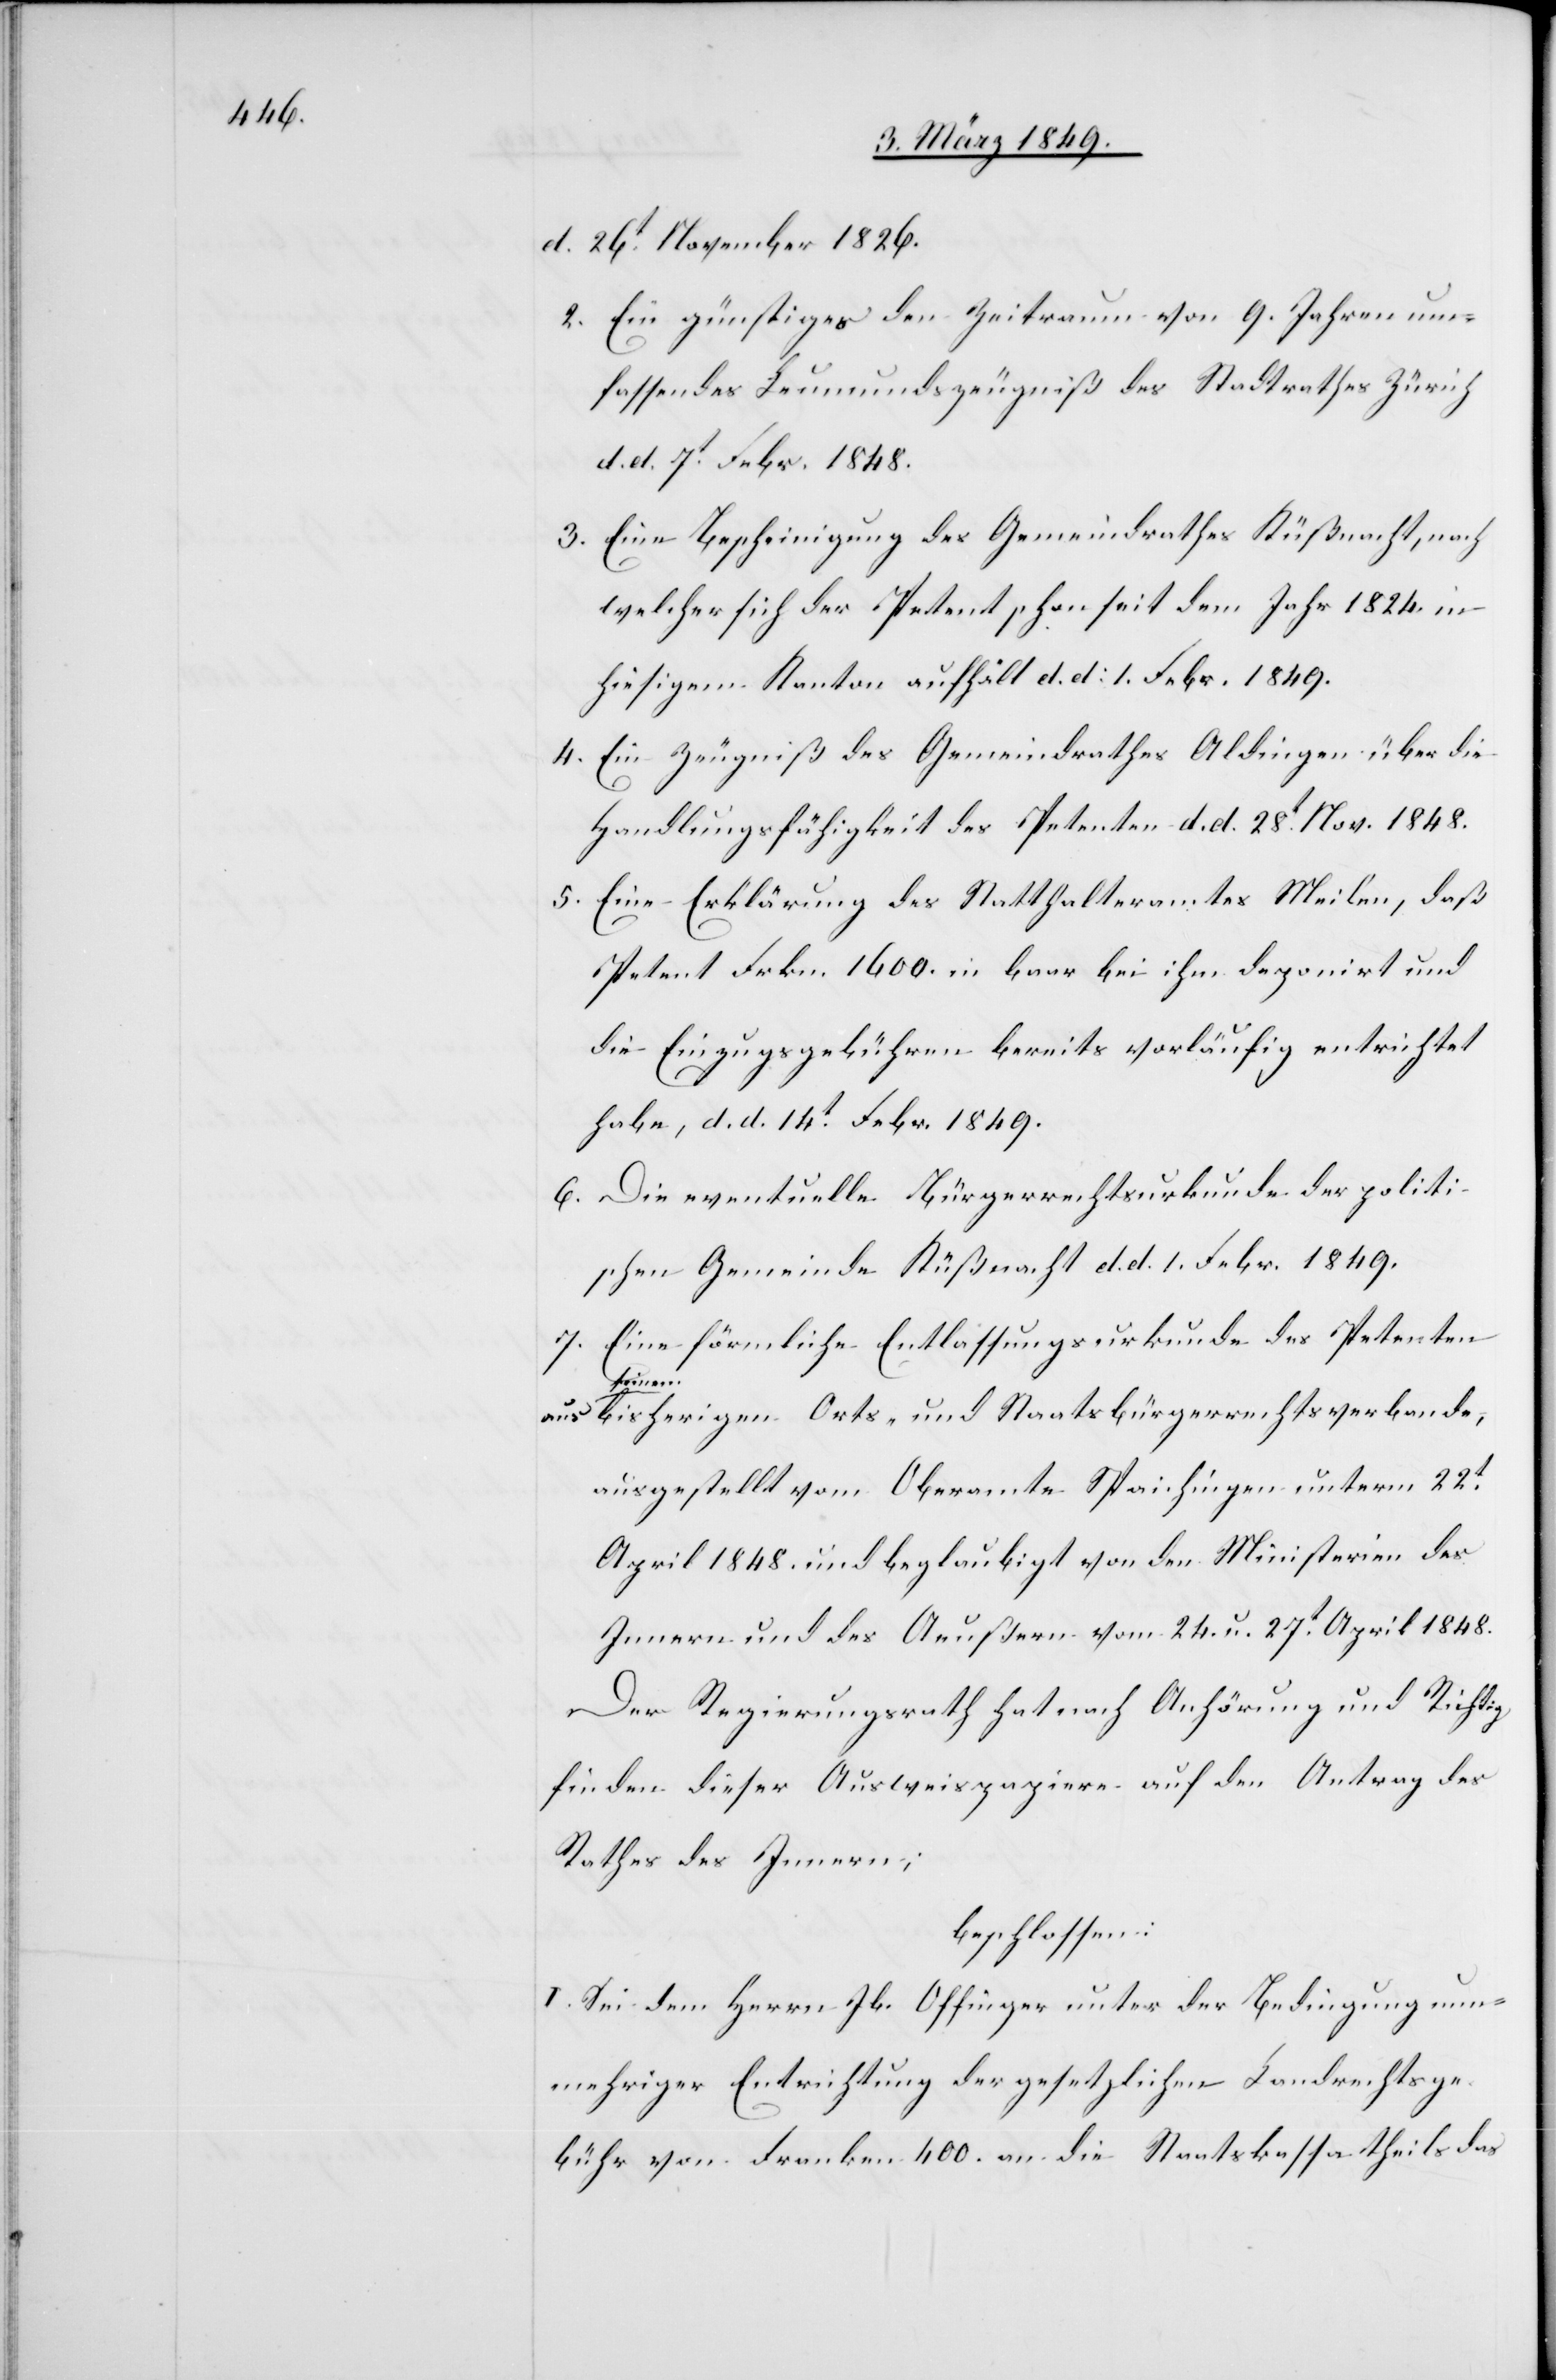
d. 26t. November 1826.
2. Ein günstiges den Zeitraum von 9. Jahren um¬
fassendes Leumundszeugniß des Stadtrathes Zürich
d. d. 7t. Febr. 1848.
3. Eine Bescheinigung des Gemeindrathes Küßnacht, nach
welcher sich der Petent schon seit dem Jahr 1824. in
hiesigem Kanton aufhält d. d: 1. Febr. 1849.
4. Ein Zeugniß des Gemeindrathes Aldingen über die
Handlungsfähigkeit des Petenten d. d. 28t. Nov. 1848.
5. Eine Erklärung des Statthalteramtes Meilen, daß
Petent Frkn. 1600. in baar bei ihm deponirt und
die Einzugsgebühren bereits vorläufig entrichtet
habe, d. d. 14t. Febr. 1849.
6. Die eventuelle Bürgerrechtsurkunde der politi¬
schen Gemeinde Küßnacht d. d. 1. Febr. 1849.
7. Eine förmliche Entlassungsurkunde des Petenten
seinem
bisherigen Orts- und Staatsbürgerrechtsverbande,
ausgestellt vom Oberamte Spaichingen unterm 22t.
April 1848. und beglaubigt von den Ministerien des
Innern und des Aeußern vom 24. u. 27t. April 1848.
Der Regierungsrath hat nach Anhörung und Richtig
finden dieser Ausweispapiere auf den Antrag des
Rathes des Innern;
beschlossen:
I. Sei dem Herrn Jb. Offinger [sic!] unter der Bedingung nun¬
mehriger Entrichtung der gesetzlichen Landrechtsge¬
bühr von Franken 400. an die Staatskassa theils das